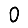
Digit: 0